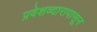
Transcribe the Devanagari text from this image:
प्रवेशव्दारापासून